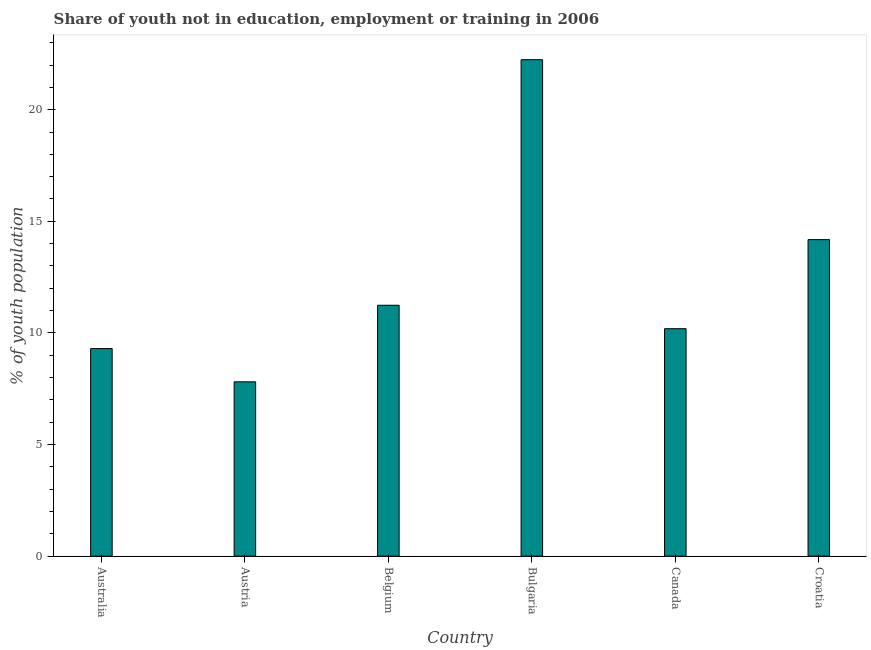
| Country | Unemployed youth |
 | --- | --- |
 | Australia | 9.3 |
 | Austria | 7.81 |
 | Belgium | 11.2 |
 | Bulgaria | 22.2 |
 | Canada | 10.2 |
 | Croatia | 14.2 |